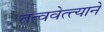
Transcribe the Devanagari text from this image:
तत्ववेत्त्याने